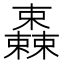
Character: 𣠆